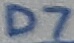
Text: D7